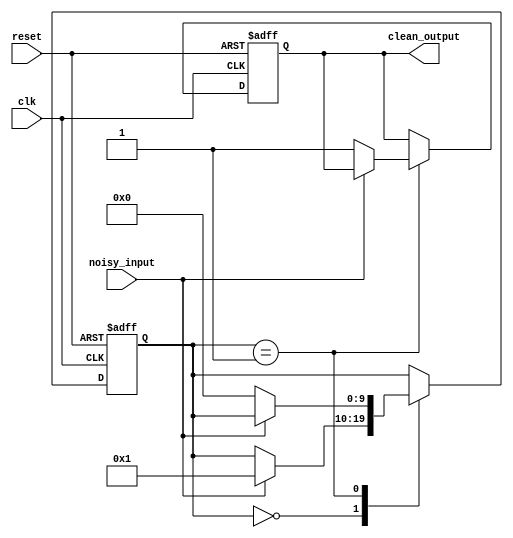
module debounce (
  input wire clk,
  input wire reset,
  input wire noisy_input,
  output reg clean_output
);

parameter DEBOUNCE_CYCLES = 10;

reg [DEBOUNCE_CYCLES-1:0] state;

always @(posedge clk or posedge reset) begin
  if (reset) begin
    state <= 0;
    clean_output <= 0;
  end else begin
    case(state)
      0: begin
        if (noisy_input) begin
          state <= 1;
        end
      end
      1: begin
        if (!noisy_input) begin
          state <= 0;
          clean_output <= 1;
        end
      end
    endcase
  end
end

endmodule